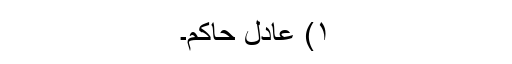
۱) عادل حاکم۔